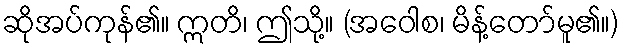
ဆိုအပ်ကုန်၏။ ဣတိ၊ ဤသို့။ (အဝေါစ၊ မိန့်တော်မူ၏။)